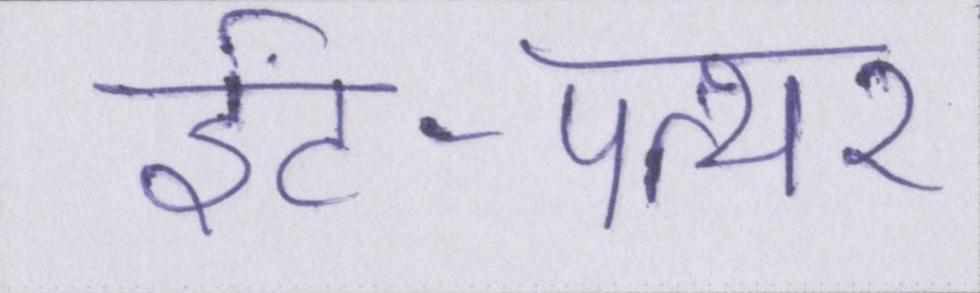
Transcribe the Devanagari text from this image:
ईंट-पत्थर